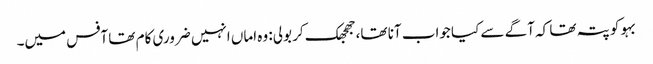
بہو کو پتہ تھا کہ آگے سے کیا جواب آنا تھا، جھجھک کر بولی: وہ اماں انہیں ضروری کام تھا آفس میں۔